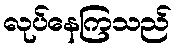
လုပ်နေကြသည်